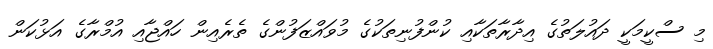
މި ސްކީމަކީ ދައުލަތުގެ އިދާރާތަކާއި ކުންފުނިތަކުގެ މުވައްޒަފުންގެ ތެރެއިން ހައްޖާއި އުމްރާގެ އަޅުކަން